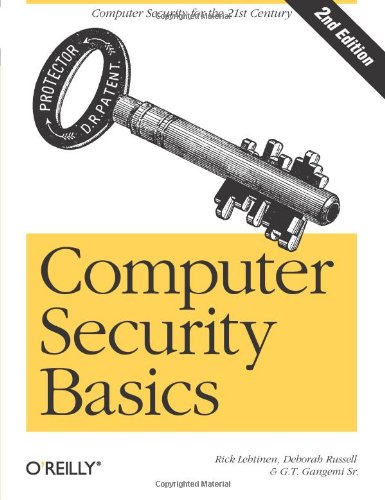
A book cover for Computer Security Basics; Rick Lehtinen; Computers & Technology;